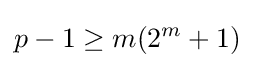
p-1\geq m(2^{m}+1)